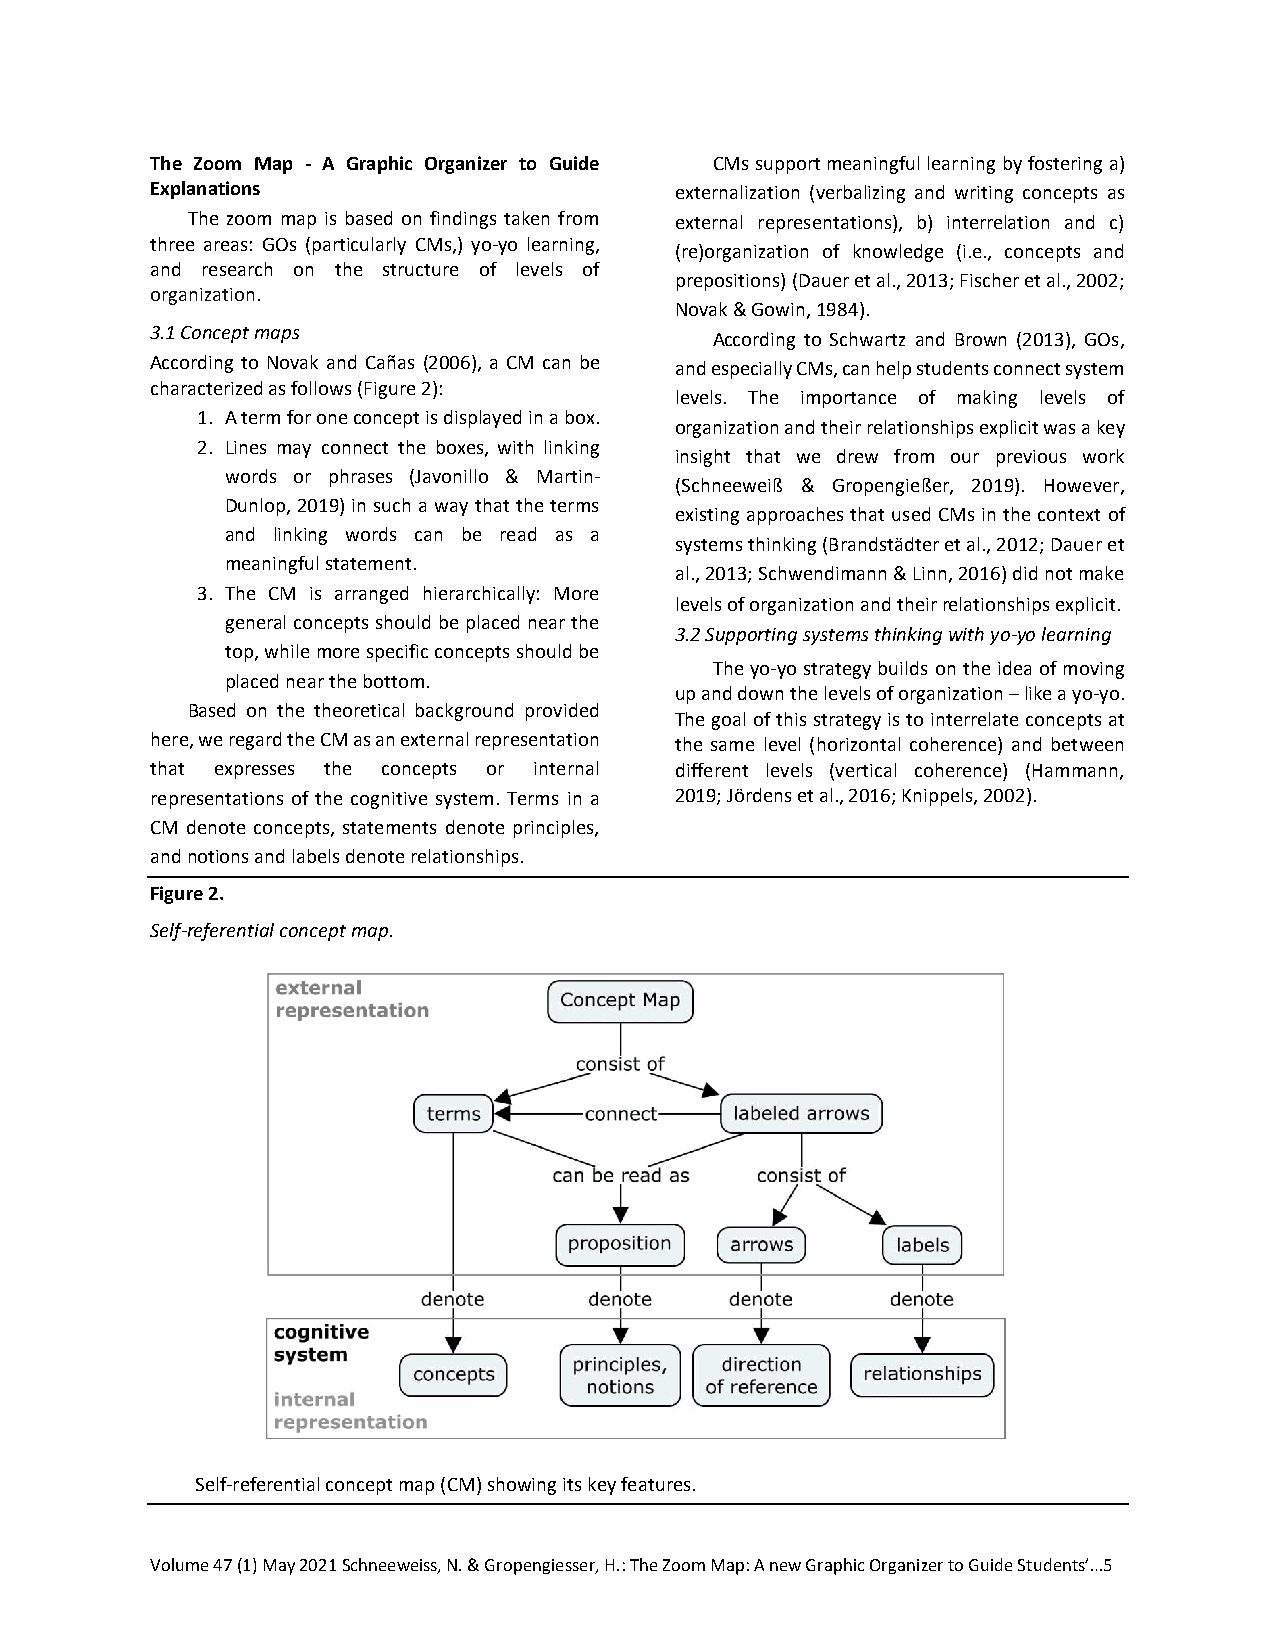
The Zoom Map - A Graphic Organizer to Guide CMs support meaningful learning by fostering a)
 Explanations                       externalization (verbalizing and writing concepts as
 The zoom map is based on findings taken from external representations), b) interrelation and c)
 three areas: GOs (particularly CMs,) yo-yo learning,
 (re)organization of knowledge (i.e., concepts and
 and research on the structure of levels of
 prepositions) (Dauer et al., 2013; Fischer et al., 2002;
 organization.
 Novak & Gowin, 1984).
 3.1 Concept maps
 According to Schwartz and Brown (2013), GOs,
 According to Novak and Cañas (2006), a CM can be and especially CMs, can help students connect system
 characterized as follows (Figure 2):
 levels. The importance of making levels of
 1. A term for one concept is displayed in a box.
 organization and their relationships explicit was a key
 2. Lines may connect the boxes, with linking
 insight that we drew from our previous work
 words or phrases (Javonillo & Martin-
 (Schneeweiß & Gropengießer, 2019). However,
 Dunlop, 2019) in such a way that the terms
 existing approaches that used CMs in the context of
 and linking words can be read as a
 systems thinking (Brandstädter et al., 2012; Dauer et
 meaningful statement.
 al., 2013; Schwendimann & Linn, 2016) did not make
 3. The CM is arranged hierarchically: More
 levels of organization and their relationships explicit.
 general concepts should be placed near the
 3.2 Supporting systems thinking with yo-yo learning
 top, while more specific concepts should be
 The yo-yo strategy builds on the idea of moving
 placed near the bottom.
 up and down the levels of organization – like a yo-yo.
 Based on the theoretical background provided
 The goal of this strategy is to interrelate concepts at
 here, we regard the CM as an external representation the same level (horizontal coherence) and between
 that expresses the concepts or internal different levels (vertical coherence) (Hammann,
 representations of the cognitive system. Terms in a 2019; Jördens et al., 2016; Knippels, 2002).
 CM denote concepts, statements denote principles,
 and notions and labels denote relationships.
 Figure 2.
 Self-referential concept map.
 Self-referential concept map (CM) showing its key features.
 Volume 47 (1) May 2021 Schneeweiss, N. & Gropengiesser, H.: The Zoom Map: A new Graphic Organizer to Guide Students’…5